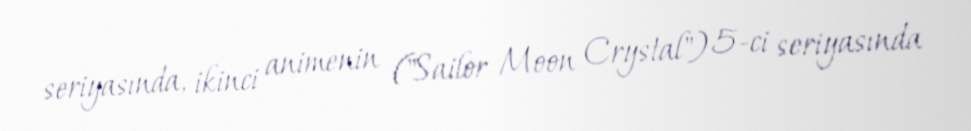
seriyasında, ikinci animenin ("Sailor Moon Crystal") 5-ci seriyasında